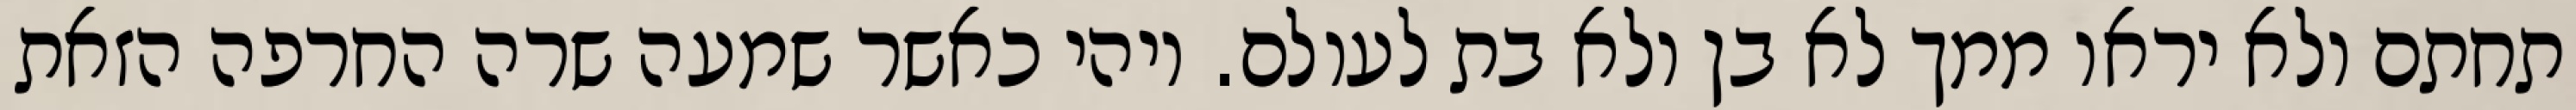
תחתם ולא יראו ממך לא בן ולא בת לעולם. ויהי כאשר שמעה שרה החרפה הזאת